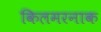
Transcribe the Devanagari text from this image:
किलमरनाक